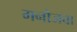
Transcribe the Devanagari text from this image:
मनोजवा